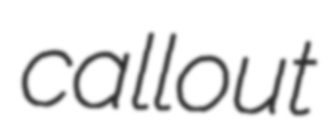
callout